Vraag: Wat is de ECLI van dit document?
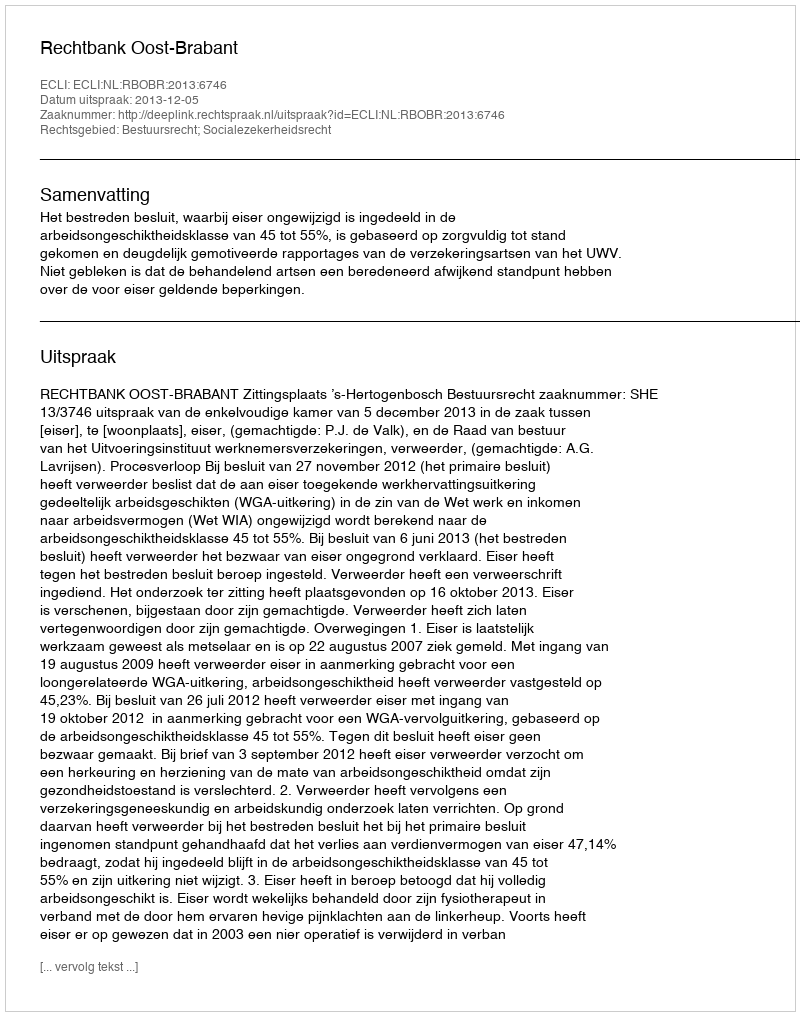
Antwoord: ECLI:NL:RBOBR:2013:6746